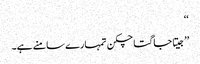
‘‘
’’جیتا جاگتا چکن تمہارے سامنے ہے۔